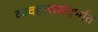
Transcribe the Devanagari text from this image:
व्यवहारासंदर्भात